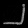
Digit: ၂